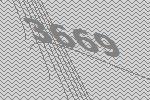
3669